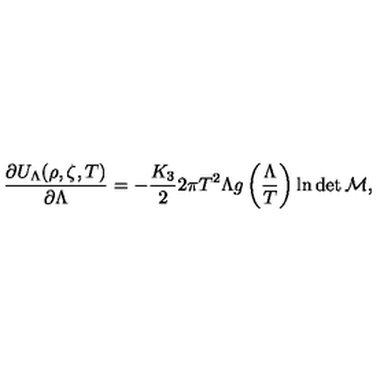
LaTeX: \frac { \partial U _ { \Lambda } ( \rho , \zeta , T ) } { \partial \Lambda } = - \frac { K _ { 3 } } { 2 } 2 \pi T ^ { 2 } \Lambda g \left( \frac { \Lambda } { T } \right) \ln \det \cal { M } ,